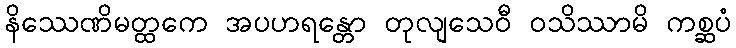
နိဿေဏိမတ္ထကေ အပဟရန္တော တုလျသေဝီ ဝသိဿာမိ ကစ္ဆပံ